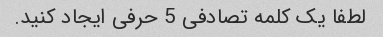
لطفا یک کلمه تصادفی 5 حرفی ایجاد کنید.